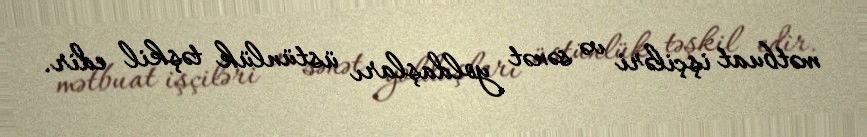
mətbuat işçiləri və sənət yoldaşları üstünlük təşkil edir.